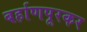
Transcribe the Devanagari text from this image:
बर्हाणपूरकर